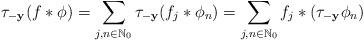
LaTeX: \begin{align*}\tau_{-\mathbf y}(f*\phi)=\sum_{j,n \in \mathbb{N}_0} \tau_{-\mathbf y} (f_j*\phi_n)=\sum_{j,n \in \mathbb{N}_0} f_j*(\tau_{-\mathbf y}\phi_n)\end{align*}